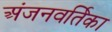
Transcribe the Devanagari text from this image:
अंजनवर्तिका